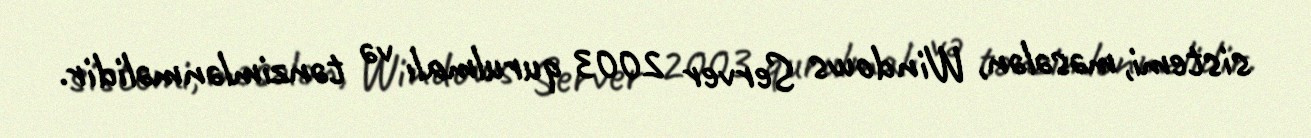
sistemi, məsələn, Windows Server 2003 qurulmalı və tənzimlənməlidir.